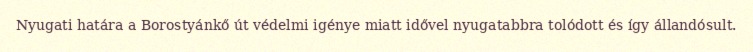
Nyugati határa a Borostyánkő út védelmi igénye miatt idővel nyugatabbra tolódott és így állandósult.